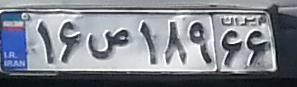
۱۶ص۱۸۹۶۶